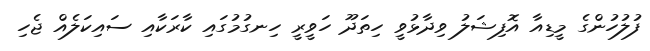
ފުލުހުންގެ މީޑިއާ އޮފިޝަލު ވިދާޅުވީ ހިތަދޫ ހަވީރީ ހިނގުމުގައި ކާރަކާއި ސައިކަލެއް ޖެހި